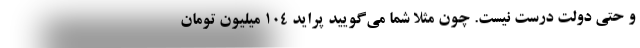
و حتی دولت درست نیست. چون مثلا شما می‌گویید پراید ۱۰۴ میلیون تومان